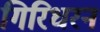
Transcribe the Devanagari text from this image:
गिरिधरन